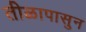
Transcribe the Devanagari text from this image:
तीळापासुन